Annual report of the Imperial Bacteriologist
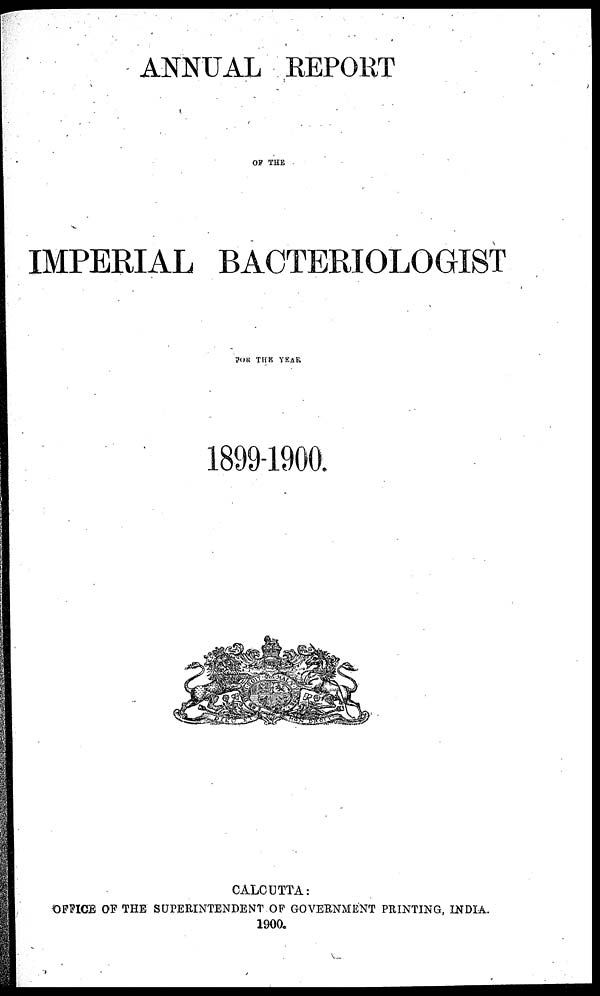
ANNUAL REPORT
OF THE
IMPERIAL BACTERIOLOGIST
FOR THE YEAR
1899-1900.
CALCUTTA:
OFFICE OF THE SUPERINTENDENT OF GOVERNMENT PRINTING, INDIA.
1900.